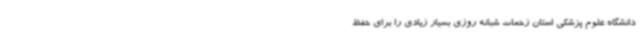
دانشگاه علوم پزشکی استان زحمات شبانه روزی بسیار زیادی را برای حفظ